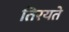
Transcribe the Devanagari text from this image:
तिरयते